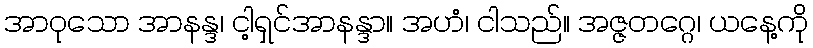
အာဝုသော အာနန္ဒ၊ ငါ့ရှင်အာနန္ဒာ။ အဟံ၊ ငါသည်။ အဇ္ဇတဂ္ဂေ၊ ယနေ့ကို